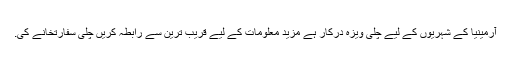
آرمینیا کے شہریوں کے لیے چلی ویزہ درکار ہے مزید معلومات کے لیے قریب ترین سے رابطہ کریں چلی سفارتخانے کی.